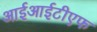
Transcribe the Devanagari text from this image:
आईआईटीएफ